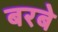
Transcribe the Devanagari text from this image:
बरबे